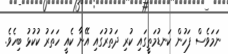
ނަމަވެސް ފަހުން ކަނޑުމަތީގައި ކުރި ދަތުރުގައި އޭނާ ކެއީ ހަތަރު ކުކުޅު ބިހެވެ.